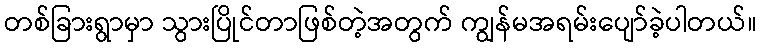
တစ်ခြားရွာမှာ သွားပြိုင်တာဖြစ်တဲ့အတွက် ကျွန်မအရမ်းပျော်ခဲ့ပါတယ်။